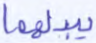
يبدلهما